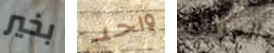
بخير واحد المرفق